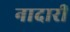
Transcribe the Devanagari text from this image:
नादारी